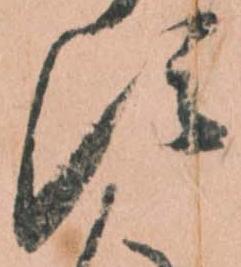
す